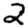
Digit: 2